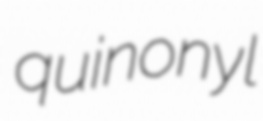
quinonyl